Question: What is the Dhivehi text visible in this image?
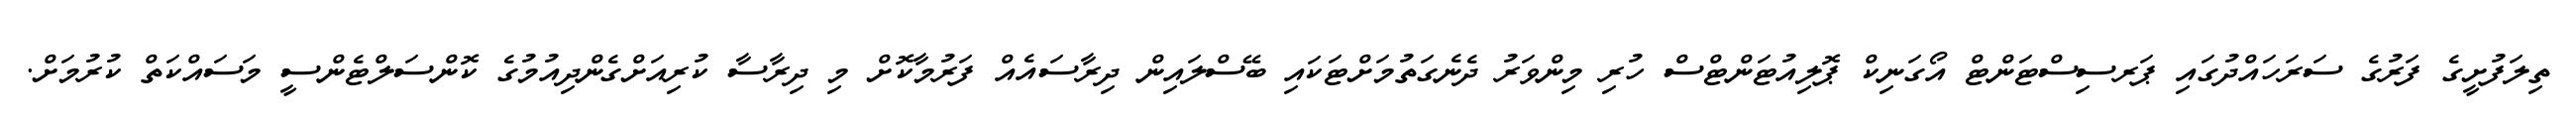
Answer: ތިލަފުށީގެ ފަރުގެ ސަރަހައްދުގައި ޕަރސިސްޓަންޓް އޯގަނިކް ޕޮލިއުޓަންޓްސް ހުރި މިންވަރު ދެނެގަތުމަށްޓަކައި ބޭސްލައިން ދިރާސައެއް ފަރުމާކޮށް މި ދިރާސާ ކުރިއަށްގެންދިއުމުގެ ކޮންސަލްޓެންސީ މަސައްކަތް ކުރުމަށް.